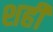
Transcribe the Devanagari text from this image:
शही